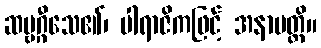
ဆဗ္ဗဂ္ဂီသေ၏၊ ပါရာဇိကဖြင့် အနာပတ္တိ။